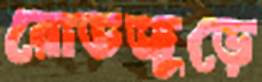
রোডজুড়ে